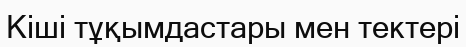
Кіші тұқымдастары мен тектері